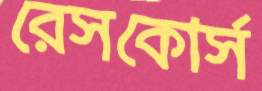
রেসকোর্স